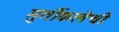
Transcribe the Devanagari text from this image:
मुर्तीकलेची